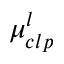
\mu _ { c l p } ^ { l }